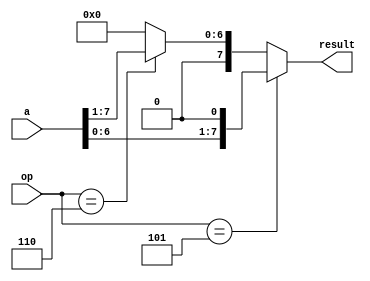
`timescale 1ns / 1ps

`define RL    4'h5
`define RR    4'h6
`define EN    1'b1

module RlRr(op, a, result);
    input  [3:0] op;
    input  [7:0] a;
    output [7:0] result;

    assign result = (op == `RL)? a << 1'b1 : (op == `RR)? a >> 1'b1 : 8'h00;
endmodule